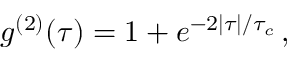
g ^ { ( 2 ) } ( \tau ) = 1 + e ^ { - 2 | \tau | / \tau _ { c } } \, ,